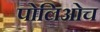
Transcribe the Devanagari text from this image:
पोलिओच